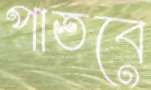
পাতবে